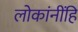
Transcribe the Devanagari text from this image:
लोकांनींहि